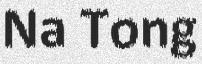
Na Tong